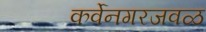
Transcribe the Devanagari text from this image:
कर्वेनगरजवळ